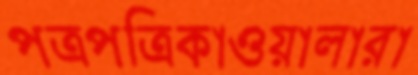
পত্রপত্রিকাওয়ালারা